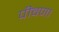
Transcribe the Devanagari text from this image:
पीवणा